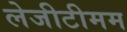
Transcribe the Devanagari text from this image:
लेजीटीमम